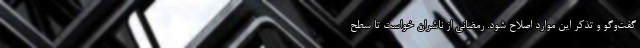
گفت‌وگو و‌ تذکر این موارد اصلاح شود. رمضانی از ناشران خواست تا سطح